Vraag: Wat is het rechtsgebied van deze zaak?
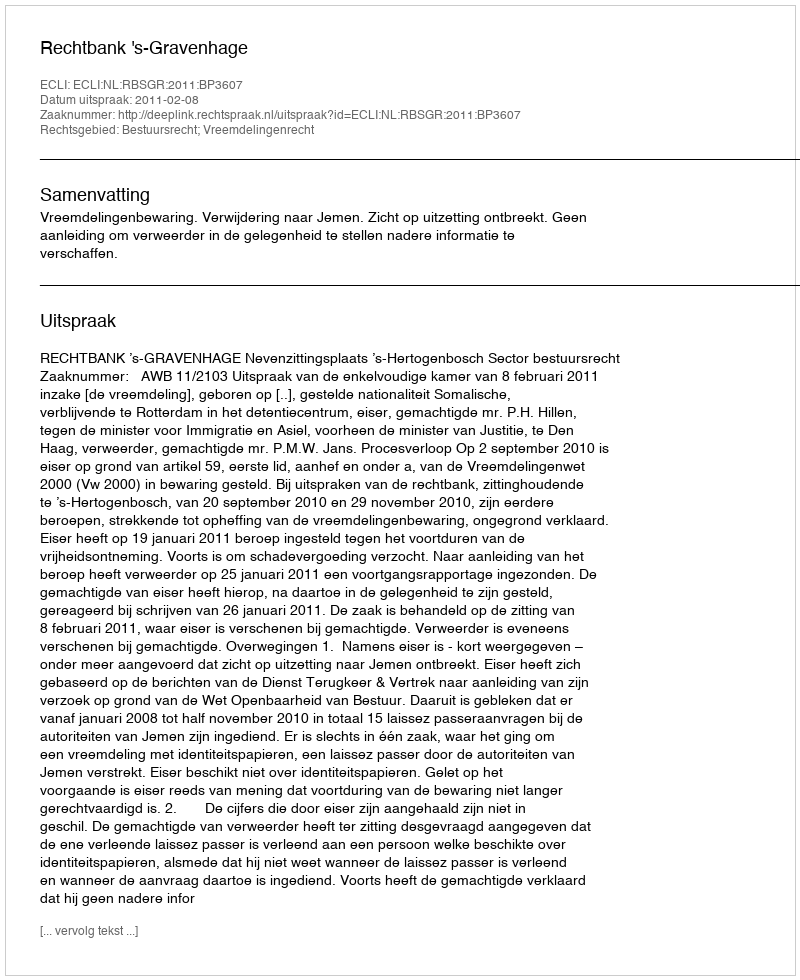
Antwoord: Bestuursrecht; Vreemdelingenrecht